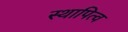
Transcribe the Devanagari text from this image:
स्थापित्व